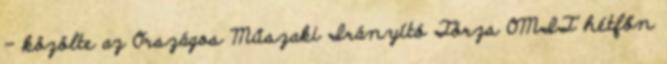
- közölte az Országos Műszaki Irányító Törzs OMIT hétfőn